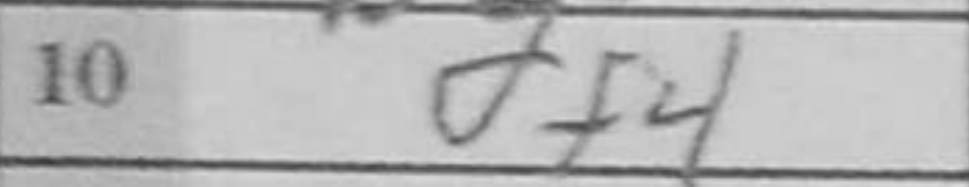
Transcription: df4